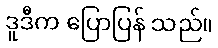
ဒူဒီက ပြောပြန် သည်။